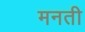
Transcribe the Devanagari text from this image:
मनती